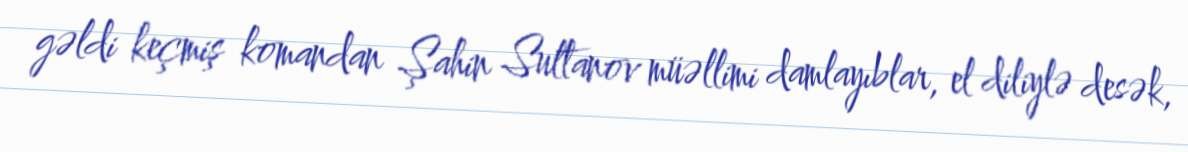
gəldi keçmiş komandan Şahin Sultanov müəllimi damlayıblar, el diliylə desək,